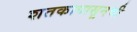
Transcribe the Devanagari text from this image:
शतकापासूनची